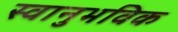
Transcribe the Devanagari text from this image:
स्वानुभविक